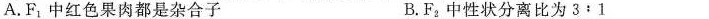
A.F_{1}中红色果肉都是杂合子 B.F_{2}中性状分离比为3：1